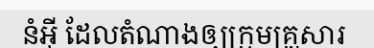
នំអ៊ី ដែលតំណាងឲ្យក្រុមគ្រួសារ